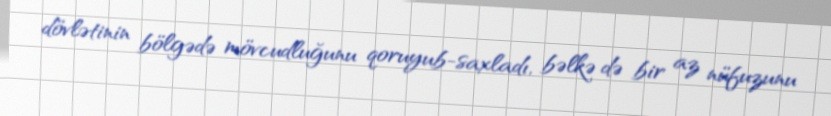
dövlətinin bölgədə mövcudluğunu qoruyub-saxladı, bəlkə də bir az nüfuzunu